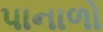
પાનાળો